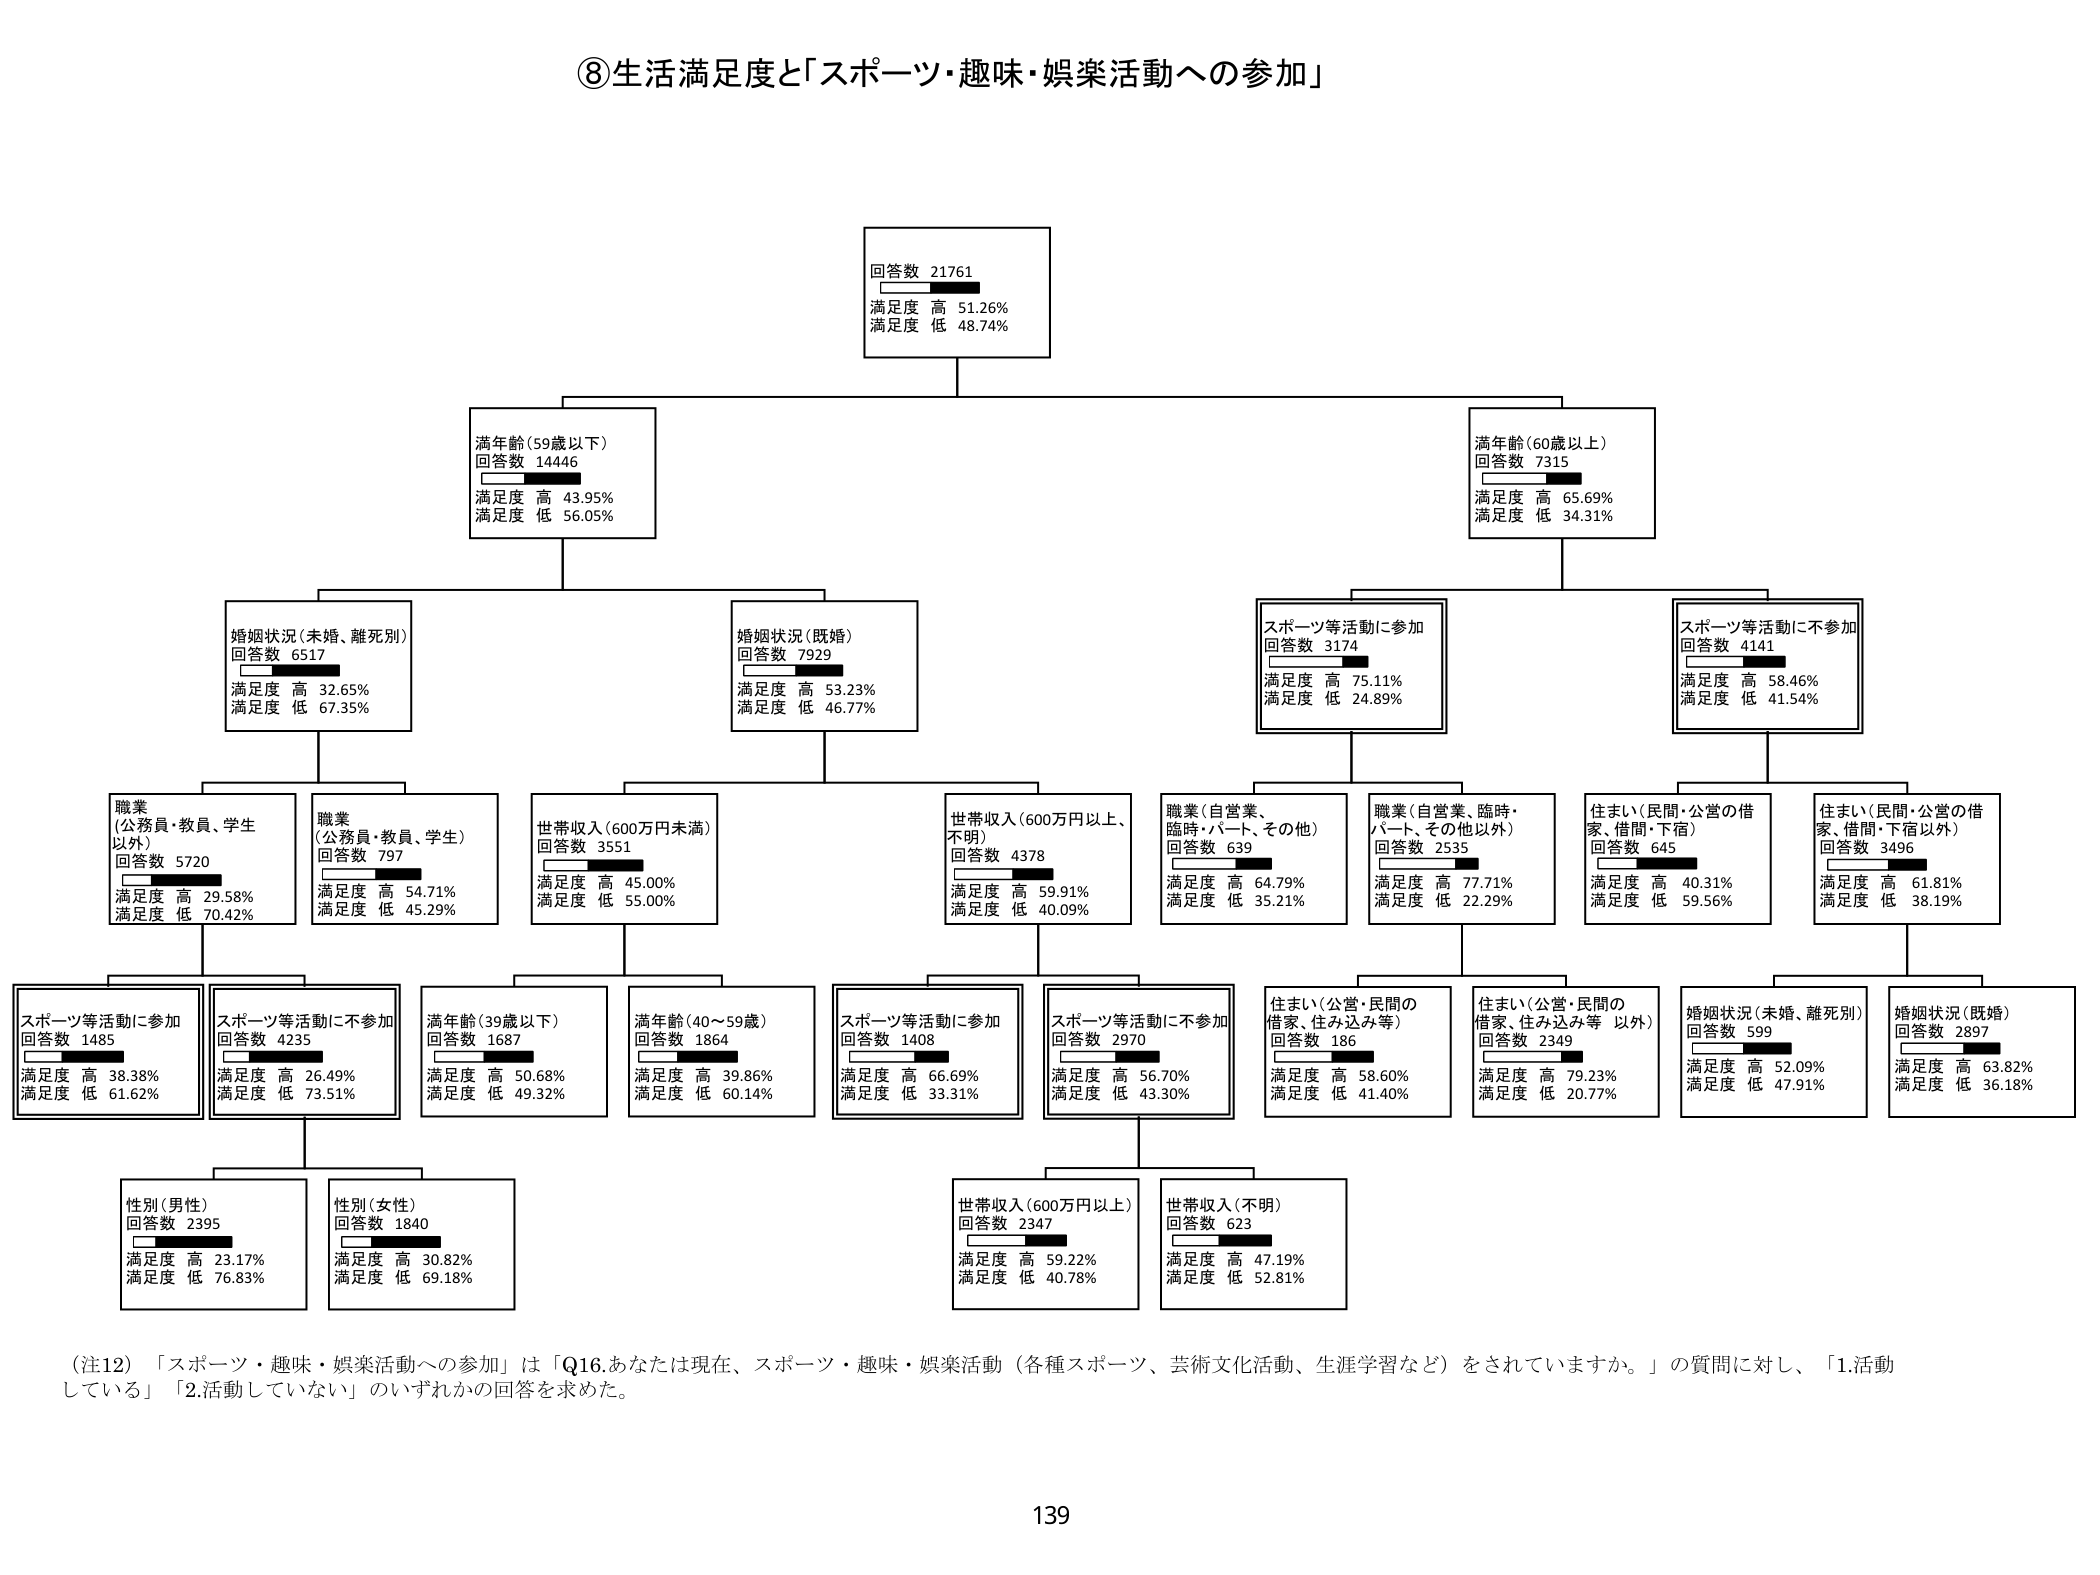
⑧生活満足度と「スポーツ・趣味・娯楽活動への参加」

回答数 21761
満足度 高 51.26%
満足度 低 48.74%

満年齢（59歳以下）
回答数 14446
満足度 高 43.95%
満足度 低 56.05%

満年齢（60歳以上）
回答数 7315
満足度 高 65.69%
満足度 低 34.31%

婚姻状況（未婚、離死別）
回答数 6517
満足度 高 32.65%
満足度 低 67.35%

婚姻状況（既婚）
回答数 7929
満足度 高 53.23%
満足度 低 46.77%

スポーツ等活動に参加
回答数 3174
満足度 高 75.11%
満足度 低 24.89%

スポーツ等活動に不参加
回答数 4141
満足度 高 58.46%
満足度 低 41.54%

職業（公務員・教員、学生以外）
回答数 5720
満足度 高 29.58%
満足度 低 70.42%

職業（公務員・教員、学生）
回答数 797
満足度 高 54.71%
満足度 低 45.29%

世帯収入（600万円未満）
回答数 3551
満足度 高 45.00%
満足度 低 55.00%

世帯収入（600万円以上、不明）
回答数 4378
満足度 高 59.91%
満足度 低 40.09%

職業（自営業、臨時・パート、その他）
回答数 639
満足度 高 64.79%
満足度 低 35.21%

職業（自営業、臨時・パート、その他以外）
回答数 2535
満足度 高 77.71%
満足度 低 22.29%

住まい（民間・公営の借家、借間・下宿）
回答数 645
満足度 高 40.31%
満足度 低 59.56%

住まい（民間・公営の借家、借間・下宿以外）
回答数 3496
満足度 高 61.81%
満足度 低 38.19%

スポーツ等活動に参加
回答数 1485
満足度 高 38.38%
満足度 低 61.62%

スポーツ等活動に不参加
回答数 4235
満足度 高 26.49%
満足度 低 73.51%

満年齢（39歳以下）
回答数 1687
満足度 高 50.68%
満足度 低 49.32%

満年齢（40～59歳）
回答数 1864
満足度 高 39.86%
満足度 低 60.14%

スポーツ等活動に参加
回答数 1408
満足度 高 66.69%
満足度 低 33.31%

スポーツ等活動に不参加
回答数 2970
満足度 高 56.70%
満足度 低 43.30%

住まい（公営・民間の借家、住み込み等）
回答数 186
満足度 高 58.60%
満足度 低 41.40%

住まい（公営・民間の借家、住み込み等 以外）
回答数 2349
満足度 高 79.23%
満足度 低 20.77%

婚姻状況（未婚、離死別）
回答数 599
満足度 高 52.09%
満足度 低 47.91%

婚姻状況（既婚）
回答数 2897
満足度 高 63.82%
満足度 低 36.18%

性別（男性）
回答数 2395
満足度 高 23.17%
満足度 低 76.83%

性別（女性）
回答数 1840
満足度 高 30.82%
満足度 低 69.18%

世帯収入（600万円以上）
回答数 2347
満足度 高 59.22%
満足度 低 40.78%

世帯収入（不明）
回答数 623
満足度 高 47.19%
満足度 低 52.81%

（注12）「スポーツ・趣味・娯楽活動への参加」は「Q16.あなたは現在、スポーツ・趣味・娯楽活動（各種スポーツ、芸術文化活動、生涯学習など）をされていますか。」の質問に対し、「1.活動している」「2.活動していない」のいずれかの回答を求めた。

139